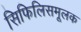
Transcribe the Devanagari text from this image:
सिफिलिसमूलक